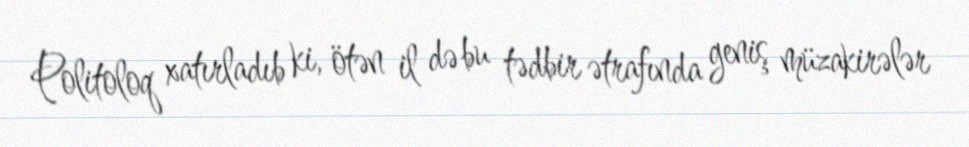
Politoloq xatırladıb ki, ötən il də bu tədbir ətrafında geniş müzakirələr